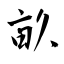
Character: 畝